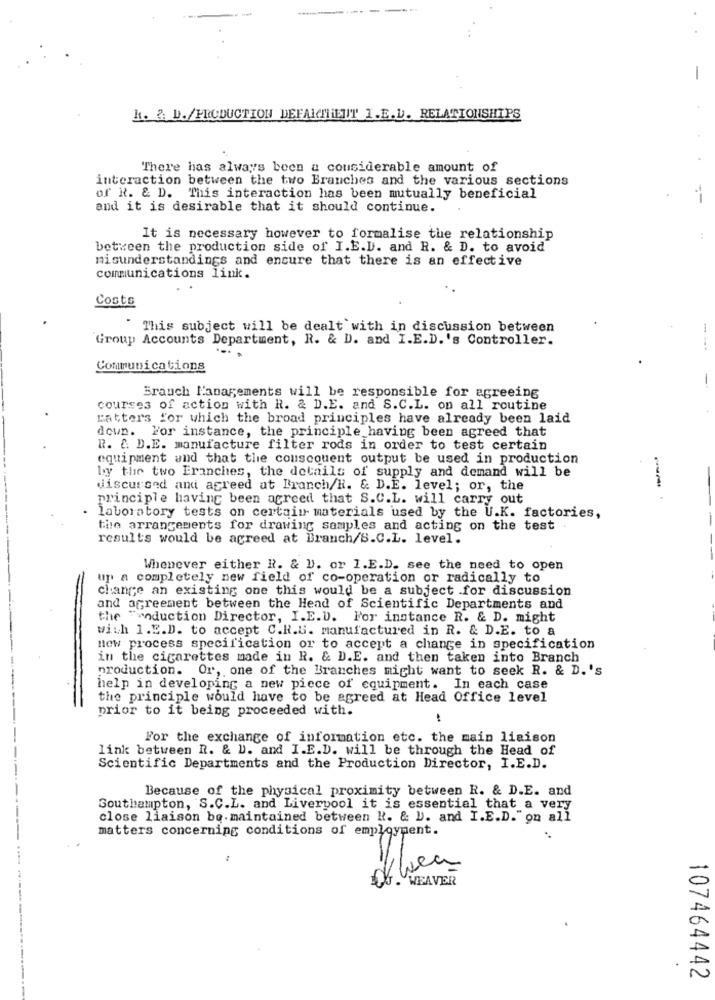
k. ?: D./PRODUCTION DEFAKCHENT I.E.V. RELATIONSHIPS
There has always been a considerable amount of
interaction between the two Branches and the various sections
of R. & D. This interaction has been mutually beneficial
and it is desirable that it should continue.
.
It is necessary however to formalise the relationship
between the production side of I.E.D. and R. & D. to avoid
misunderstandings and ensure that there is an effective
communications link.
Costs
This subject will be dealt with in discussion between
Group Accounts Department, R. & D. and I.E.D.'s Controller.
Communications
-
Brauch Managements will be responsible for agreeing
courses of action with R. & D.E. and S.C.L. on all routine
ratters for which the broad principles have already been laid
down. For instance, the principle having been agreed that
R. C. D.E. manufacture filter rods in order to test certain
equipment and that the couscouent output be used in production
by the two Eranches, the details of supply and demand will be
discursed and agreed at Branch/H. & D.E. level; or, the
principle having been agreed that S.C.L. will carry out
-- .
laboratory tests on certain materials used by the U.K. factories,
the arrangements for drawing samples and acting on the test
results would be agreed at Branch/S.C.L. level.
Whenever either R. & D. or I.E.D. see the need to open
up a completely new field of co-operation or radically to
change an existing one this would be a subject .for discussion
and agreement between the Head of Scientific Departments and
the "induction Director, I.E.D. For instance R. & D. might
with 1.E.D. to accept C.H.G. manufactured in R. & D.E. to a
new process specification or to accept a change in specification
in the cigarettes made in R. & D.E. and then taken into Branch
----
production. Or, one of the Branches might want to seek R. & D.'s
help in developing a new piece of equipment. In each case
the principle would have to be agreed at Head Office level
prior to it being proceeded with.
For the exchange of information etc. the main liaison
link between R. & D. and I.E.D. will be through the Head of
Scientific Departments and the Production Director, I.E.D.
Because of the physical proximity between R. & D.E. and
Southampton, S.C.L. and Liverpool it is essential that a very
close liaison be. maintained between R. & D. and I.E.D." on all
matters concerning conditions of employment.
when
1
107464442